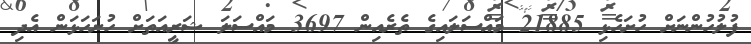
ފުލުހުންނަށް ހުށަހެޅި 21885 މައްސަލައިގެ ތެރެއިން 3697 މަައްސަލަ ޝަރީއަތަށް ހުށަހަޅަން އެދި